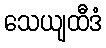
သေယျထီဒံ